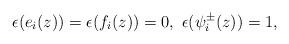
LaTeX: \begin{align*} \epsilon(e_i(z))=\epsilon(f_i(z))=0,\ \epsilon(\psi^{\pm}_i(z))=1,\end{align*}